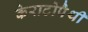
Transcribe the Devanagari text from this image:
केराटोपैथी